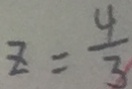
z = \frac { 4 } { 3 }